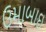
ઉમાબાઇ